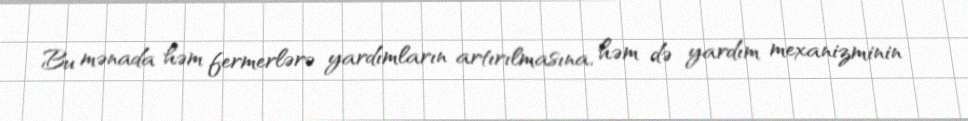
Bu mənada həm fermerlərə yardımların artırılmasına, həm də yardım mexanizminin